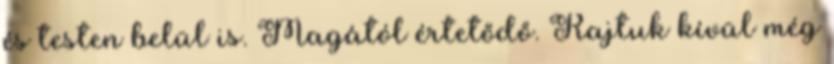
és testen belül is. Magától értetődő. Rajtuk kívül még